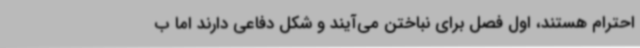
احترام هستند، اول فصل برای نباختن می‌آیند و شکل دفاعی دارند اما ب